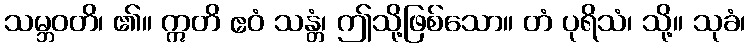
သမ္ဘဝတိ၊ ၏။ ဣတိ ဧဝံ သန္တံ၊ ဤသို့ဖြစ်သော။ တံ ပုရိသံ၊ သို့။ သုခံ၊